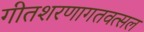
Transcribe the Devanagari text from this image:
गीतशरणागतवत्सल